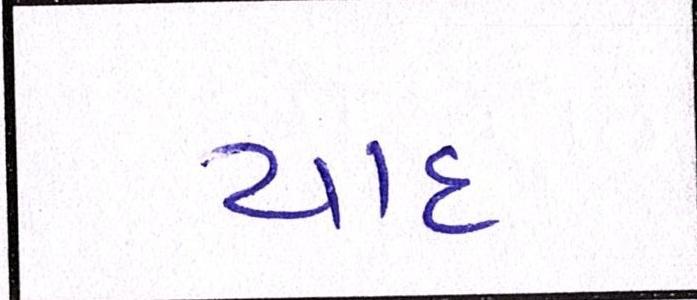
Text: યાદ